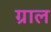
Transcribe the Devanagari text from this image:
ग्राल